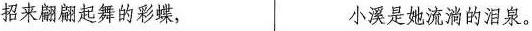
招来翩翩起舞的彩蝶， 小溪是她流淌的泪泉。